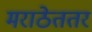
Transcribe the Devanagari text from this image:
मराठेततर